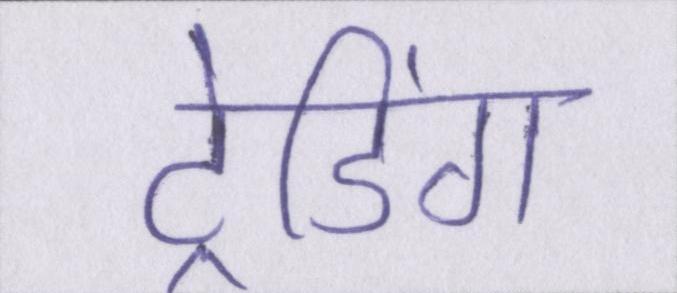
ट्रेडिंग